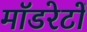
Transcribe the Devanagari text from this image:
मॉडरेटों